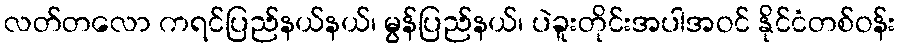
လတ်တလော ကရင်ပြည်နယ်နယ်၊ မွန်ပြည်နယ်၊ ပဲခူးတိုင်းအပါအဝင် နိုင်ငံတစ်ဝန်း